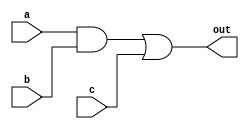
`timescale 1ns/1ns
module D (
    output out,
    input a,b,c
);
    wire e;
    and #(4,5) a1(e,a,b);
    or #(3,4) o1(out,e,c);
endmodule

module tb_D (
    
);
  reg A,B,C;
  wire OUT;
  D U1(.out(OUT),.a(A),.b(B),.c(C));
  initial begin
      $dumpfile("tb_D");
      $dumpvars(1,tb_D);
      A=1'b0;B=1'b0;C=1'b0;
      #10 A=1'b1;B=1'b1;C=1'b1;
      #10 A=1'b1;B=1'b0;C=1'b0;
      #20 $finish;
  end  
endmodule